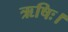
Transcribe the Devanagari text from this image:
ऋषिः।